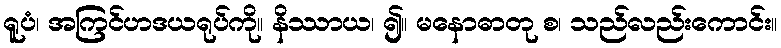
ရူပံ၊ အကြင်ဟဒယရုပ်ကို။ နိဿာယ၊ ၍။ မနောဓာတု စ၊ သည်လည်းကောင်း။